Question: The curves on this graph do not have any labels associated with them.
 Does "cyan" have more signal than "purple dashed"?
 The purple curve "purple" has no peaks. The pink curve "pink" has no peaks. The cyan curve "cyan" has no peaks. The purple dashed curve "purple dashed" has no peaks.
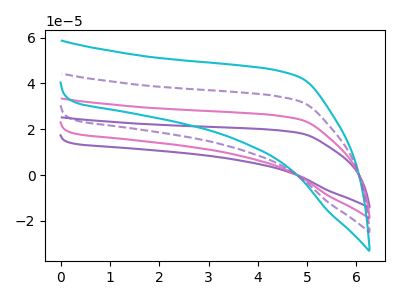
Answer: <think>Neither "cyan" or "purple dashed" have any peaks.
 </think>
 <answer>I cant tell if "cyan" or "purple dashed" has more signal.</answer>
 <eval>mixed_signal</eval>